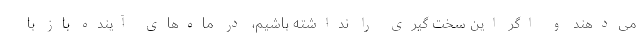
می‌دهند و اگر این سخت گیری را نداشته باشیم، در ماه‌های آینده باز با